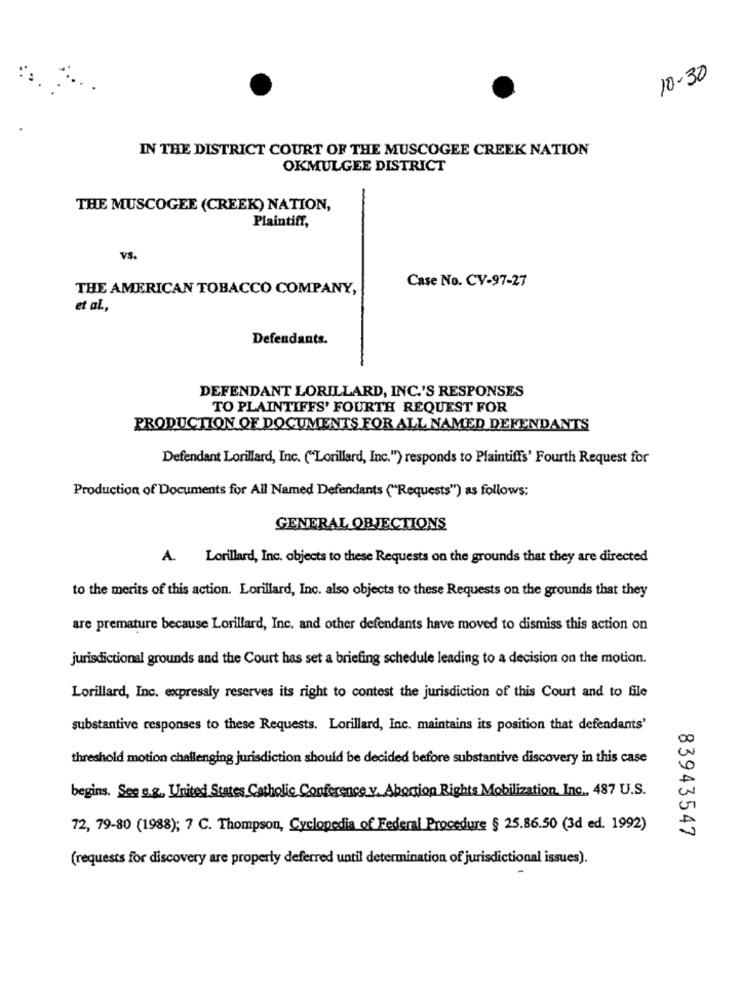
10-30
IN THE DISTRICT COURT OF THE MUSCOGEE CREEK NATION
OKMULGEE DISTRICT
-
THE MUSCOGEE (CREEK) NATION,
Plaintiff,
VS.
Case No. CV-97-27
THE AMERICAN TOBACCO COMPANY,
et al .,
Defendants.
DEFENDANT LORILLARD, INC.'S RESPONSES
TO PLAINTIFFS' FOURTH REQUEST FOR
PRODUCTION OF DOCUMENTS FOR ALL NAMED DEFENDANTS
Defendant Lorillard, Inc. ("Lorillard, Inc."") responds to Plaintiffs' Fourth Request for
Production of Documents for All Named Defendants ("Requests") as follows:
GENERAL OBJECTIONS
A. Lorillard, Inc. objects to these Requests on the grounds that they are directed
to the merits of this action. Lorillard, Inc. also objects to these Requests on the grounds that they
are premature because Lorillard, Inc. and other defendants have moved to dismiss this action on
jurisdictional grounds and the Court has set a briefing schedule leading to a decision on the motion.
Lorillard, Inc. expressly reserves its right to contest the jurisdiction of this Court and to file
substantive responses to these Requests. Lorillard, Inc. maintains its position that defendants'
threshold motion challenging jurisdiction should be decided before substantive discovery in this case
jon Ri
Mobilization, Inc ., 487 U.S.
begins. See e.g ., United States Catholic Conference y
72, 79-80 (1988); 7 C. Thompson, Cyclopedia of Federal Procedure § 25.86.50 (3d ed. 1992)
83943547
(requests for discovery are properly deferred until determination of jurisdictional issues).